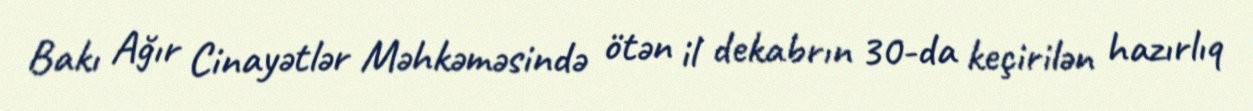
Bakı Ağır Cinayətlər Məhkəməsində ötən il dekabrın 30-da keçirilən hazırlıq